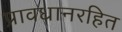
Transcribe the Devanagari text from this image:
प्रावधानरहित